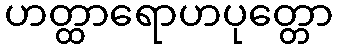
ဟတ္ထာရောဟပုတ္တော